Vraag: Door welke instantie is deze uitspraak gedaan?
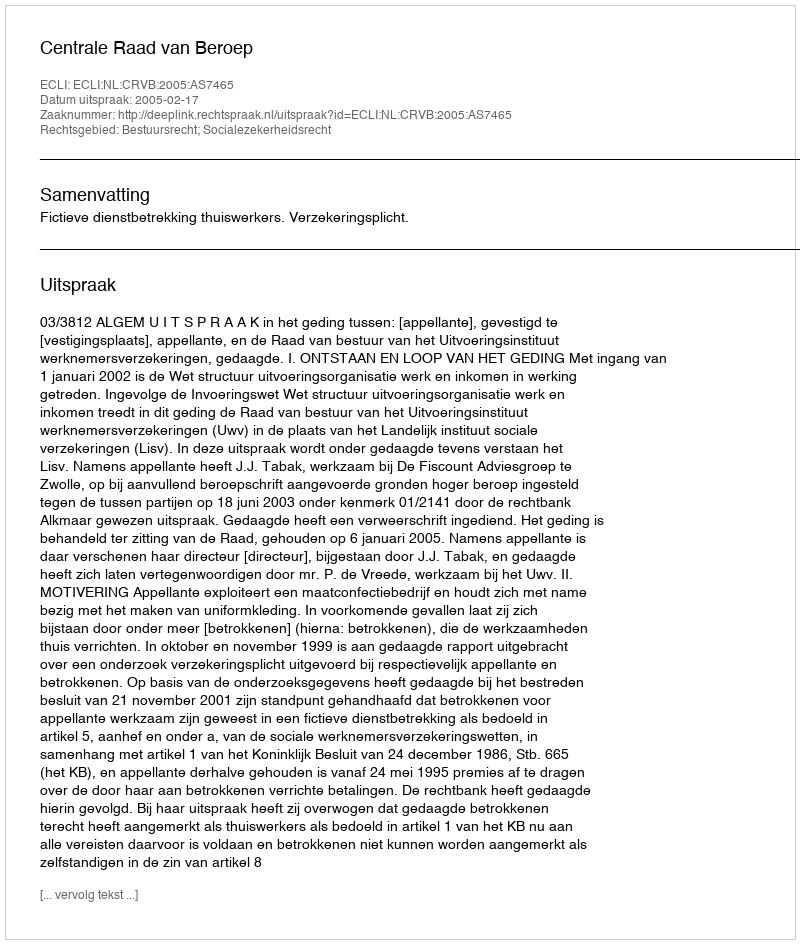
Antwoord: Centrale Raad van Beroep